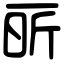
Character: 㪽